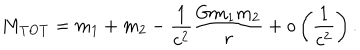
M _ { \mathrm { T O T } } = m _ { 1 } + m _ { 2 } - \frac { 1 } { c ^ { 2 } } \frac { G m _ { 1 } m _ { 2 } } { r } + o \left( \frac { 1 } { c ^ { 2 } } \right) .